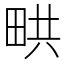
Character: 𤱨